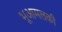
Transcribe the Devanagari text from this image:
भूआमलकी